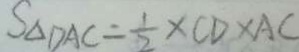
S _ { \Delta D A C } = \frac { 1 } { 2 } \times C D \times A C